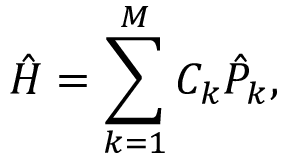
\hat { H } = \sum _ { k = 1 } ^ { M } C _ { k } \hat { P } _ { k } ,